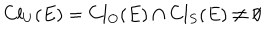
C l _ { U } ( E ) = C l _ { O } ( E ) \cap C l _ { S } ( E ) \ne \emptyset